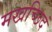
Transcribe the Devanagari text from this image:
मखच्छिदं